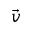
\vec { v }